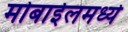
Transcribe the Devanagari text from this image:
मोबाईलमध्ये